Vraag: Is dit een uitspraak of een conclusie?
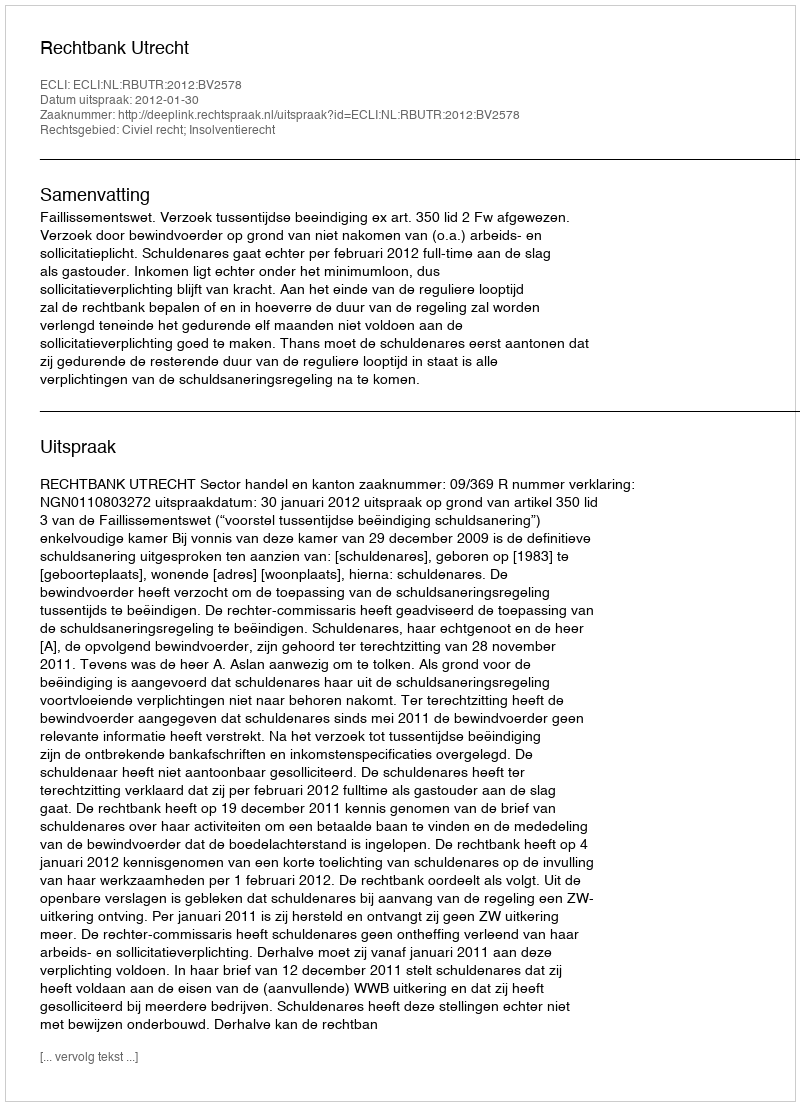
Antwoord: Uitspraak